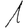
Digit: 1